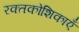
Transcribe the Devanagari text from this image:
रक्तकोशिकाएँ